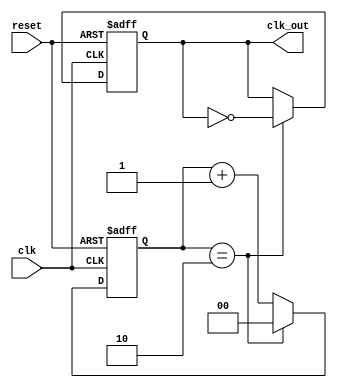
module chiatan
#(
    parameter heso = 3,
    parameter size = 2
)
(
    input clk,
    input reset,
    output reg clk_out
);

reg [size - 1'b1 : 0] dem;

always @(posedge clk, negedge reset) 
begin
    if(!reset) 
    begin
        clk_out <= 0;
        dem <= 0;
    end
    else if(dem == heso - 1'b1) 
    begin
        dem <= 0;
        clk_out <= !clk_out;
    end
    else 
    begin
        dem <= dem + 1'b1;
    end
end
endmodule